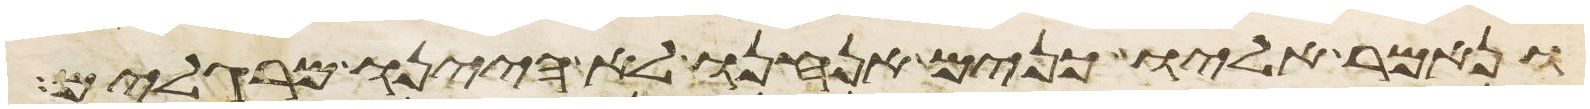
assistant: ונאמר אליו כנים אנחנו לא היינו מרגלים